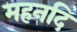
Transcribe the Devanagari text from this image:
महनदि